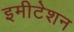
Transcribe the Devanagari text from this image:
इमीटेशन